Tezpur Lunatic Asylum reports 1877-1894 - 1877-1894
Year: 1877
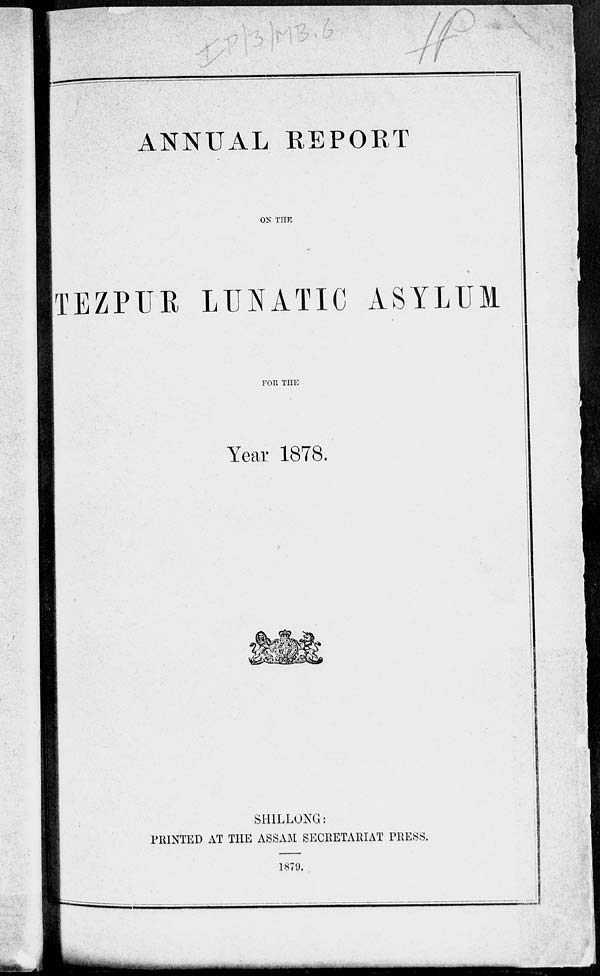
11
ANNUAL REPORT
ON THE
TEZPUR LUNATIC ASYLUM
FOR THE
Year 1878.
SHILLONG:
PRINTED AT THE ASSAM SECRETARIAT PRESS.
1879.
^1